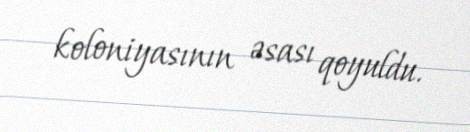
koloniyasının əsası qoyuldu.